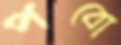
পবো